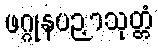
ဖဂ္ဂုနပဉှာသုတ္တံ